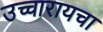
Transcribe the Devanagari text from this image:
उच्चारायचा